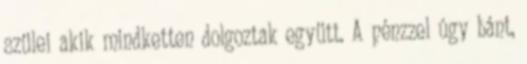
szülei akik mindketten dolgoztak együtt. A pénzzel úgy bánt,